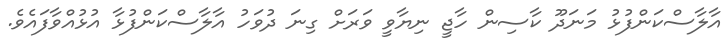
އާލާސްކަންފުޅު މަނަދޫ ކާސިން ހާޖީ ނިޔާވީ ވަރަށް ގިނަ ދުވަހު އާލާސްކަންފުޅާ އުޅުއްވާފައެވެ.